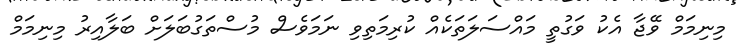
މިނިމަމް ވޭޖާ އެކު ވަގުތީ މައްސަލަތަކެއް ކުރިމަތިވި ނަމަވެސް މުސްތަގުބަލަށް ބަލާއިރު މިނިމަމް